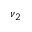
\nu _ { 2 }